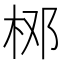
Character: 𱣋